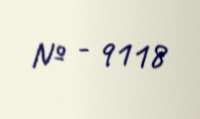
№ - 9118